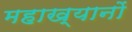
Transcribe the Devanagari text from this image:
महाख्यानों